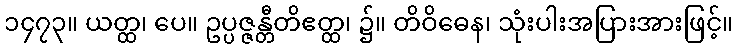
၁၄၇၃။ ယတ္ထ၊ ပေ။ ဥပ္ပဇ္ဇန္တီတိဧတ္ထ၊ ၌။ တိဝိဓေန၊ သုံးပါးအပြားအားဖြင့်။